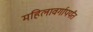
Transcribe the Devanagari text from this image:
महिलावर्गापर्यंत